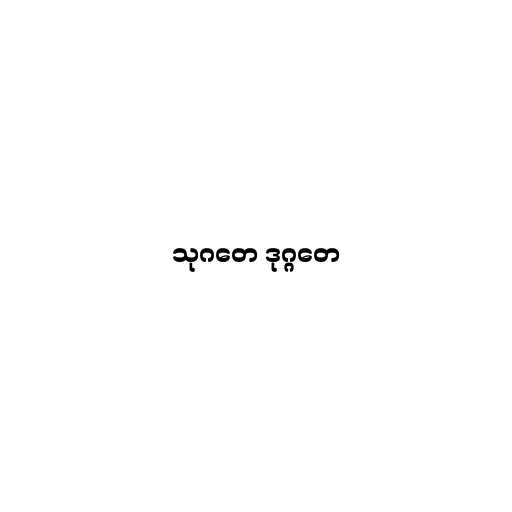
သုဂတေ ဒုဂ္ဂတေ